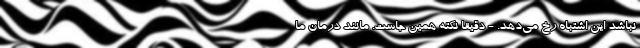
نباشد این اشتباه رخ می‌دهد. - دقیقا نکته همین جاست. مانند درمان ما